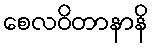
စေလဝိတာနာနိ